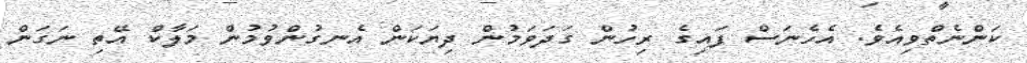
ކަންނެތްވިއެވެ. އެހެނަސް ފައިގެ ރިހުން ގަދަވަމުން ދިޔަކަން އެނގުންވުމުން މަލާކް އޭތި ނަގަން